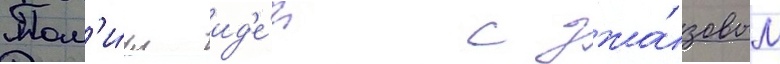
Пом'и́мо ид'е́и с джа́зовым